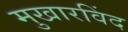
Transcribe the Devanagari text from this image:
मुखारविंद